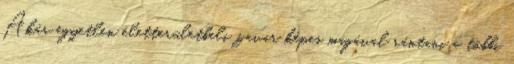
Akár egyetlen életterületbeli zavar képes magával rántani a többi